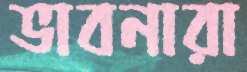
ভাবনারা